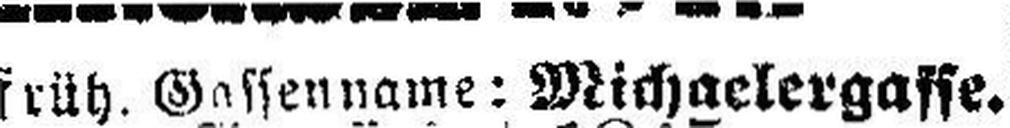
früh. Gassenname: Michaelergasse.